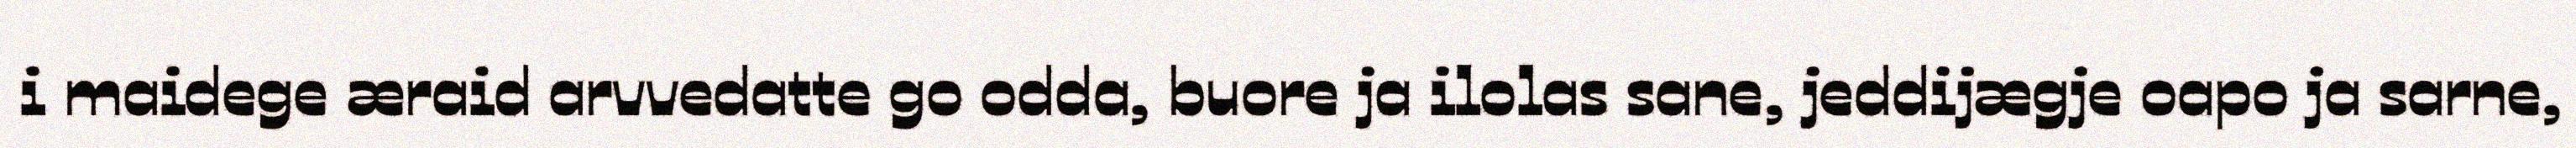
i maidege æraid arvvedatte go odda, buore ja ilolas sane, jeddijægje oapo ja sarne,